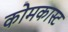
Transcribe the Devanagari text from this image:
कोमकास्ट